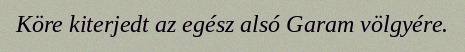
Köre kiterjedt az egész alsó Garam völgyére.